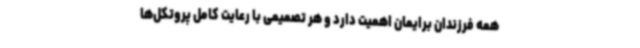
همه فرزندان برایمان اهمیت دارد و هر تصمیمی با رعایت کامل پروتکل‌ها